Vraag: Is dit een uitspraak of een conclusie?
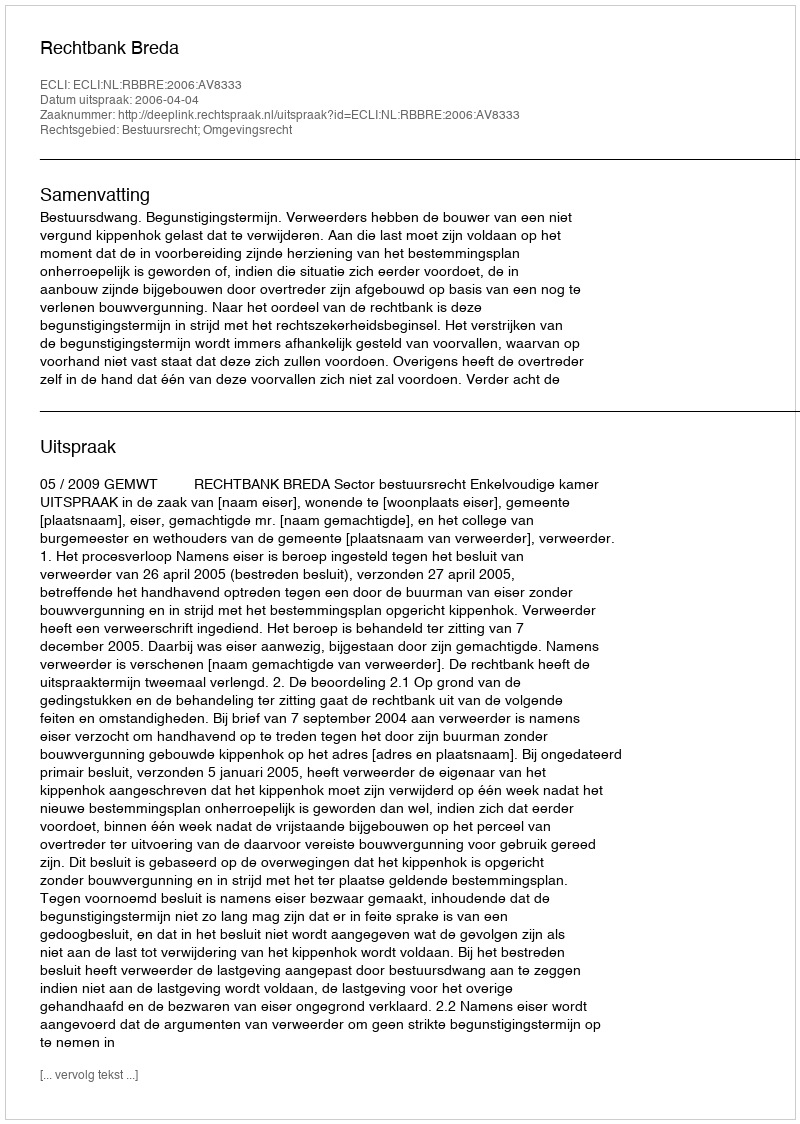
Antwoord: Uitspraak